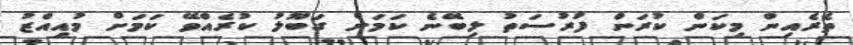
ތެރެއިން މިކަން ކުރަން ފުރުސަތު ލިބޭނެ ކަމަށް ގަބޫލު ކުރެއްވޭ ކަމަށް މުއިއްޒު